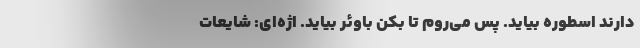
دارند اسطوره بیاید. پس می‌روم تا بکن باوئر بیاید. ‌اژه‌ای: شایعات